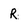
Character: R